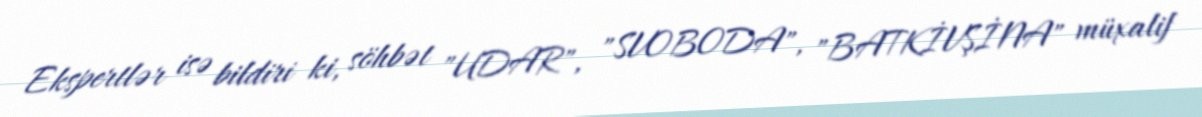
Ekspertlər isə bildiri ki, söhbət "UDAR", "SVOBODA", "BATKİVŞİNA" müxalif